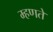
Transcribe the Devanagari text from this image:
म्‍हणते